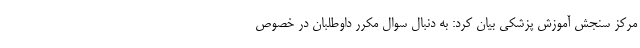
مرکز سنجش آموزش پزشکی بیان کرد: به دنبال سوال مکرر داوطلبان در خصوص